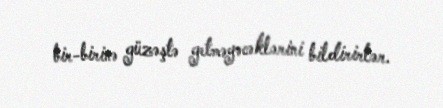
bir-birinə güzəştə getməyəcəklərini bildirirlər.